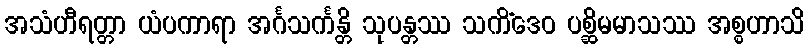
အသံဟီရတ္တာ ယံပကာရာ အင်္ဂသင်္ကန္တိ သုပန္တဿ သကိံဒေဝ ပစ္ဆိမမာသဿ အစ္စဟာသိ